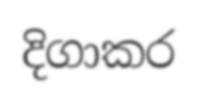
දිගාකර